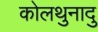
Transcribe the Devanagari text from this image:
कोलथुनादु